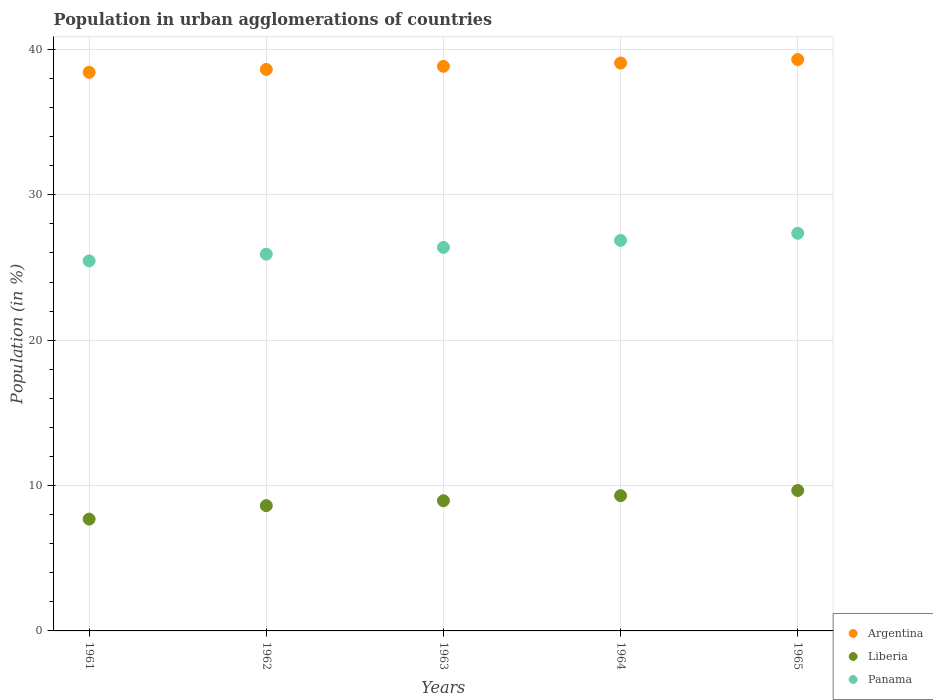
| Years | Argentina | Liberia | Panama |
 | --- | --- | --- | --- |
 | 1961 | 38.4 | 7.69 | 25.5 |
 | 1962 | 38.6 | 8.62 | 25.9 |
 | 1963 | 38.8 | 8.96 | 26.4 |
 | 1964 | 39.1 | 9.31 | 26.9 |
 | 1965 | 39.3 | 9.66 | 27.4 |